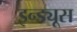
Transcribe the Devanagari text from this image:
इन्ड्यूस